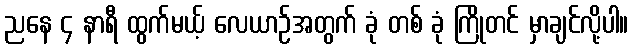
ညနေ ၄ နာရီ ထွက်မယ့် လေယာဉ်အတွက် ခုံ တစ် ခုံ ကြိုတင် မှာချင်လို့ပါ။